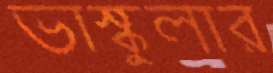
ভাস্কুলার